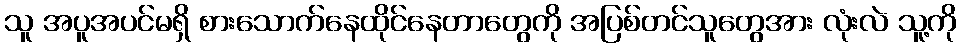
သူ အပူအပင်မရှိ စားသောက်နေထိုင်နေတာတွေကို အပြစ်တင်သူတွေအား လုံးလဲ သူ့ကို